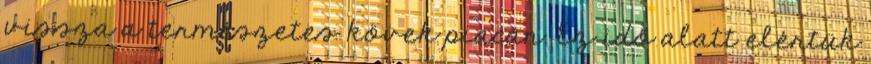
vissza a természetes kövek piacán. Ez idő alatt elértük